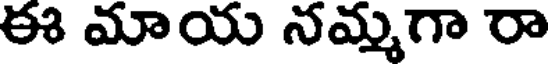
ఈ మాయ నమ్మగా రా